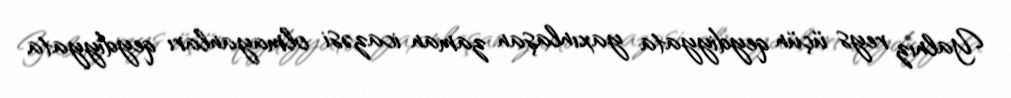
Yalnız reys üçün qeydiyyata yaxınlaşan zaman icazəsi olmayanları qeydiyyata